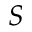
S